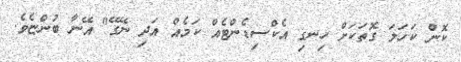
ކޮން ކަހަލަ ގޮތަކަށް ހިނގި އެކްސިޑެންޓެއް ކަމެއް އަދި ނޭގޭ" އޭނާ ބުންޏެވެ.